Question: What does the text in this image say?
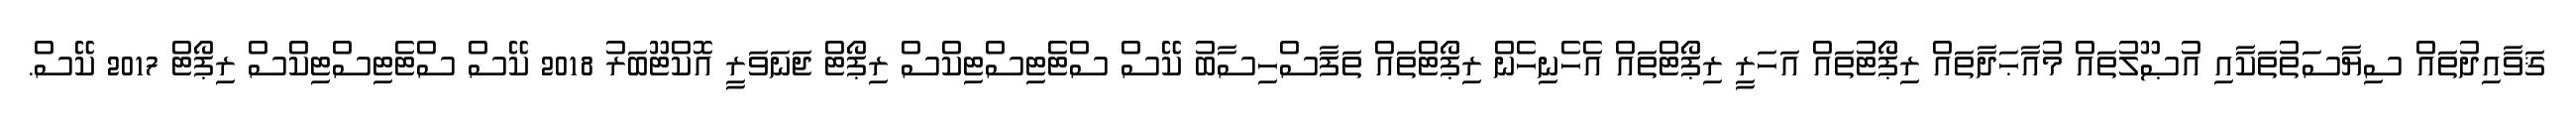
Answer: ޤަވާއިދުތައް ސިޔާސަތުތަކާއި އުޞޫލުތައް މުއާޙަދާތައް ރިޕޯޓުތައް އަހަރީ ރިޕޯޓްތައް އެހެނިހެން ރިޕޯޓްތައް ތަފާސްހިސާބު ކޭސް ސްޓެޓިސްޓިކްސް ރިޕޯޓް ޖަނަވަރީ އޮކްޓޫބަރު 2018 ކޭސް ސްޓެޓިސްޓިކްސް ރިޕޯޓް 2017 ކޭސް.